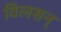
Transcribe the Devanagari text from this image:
विलसन्